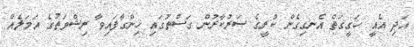
އަދި އެއީ ހަގީގަތް އެނގިގެން ކުރީގެ ސަރުކާރުން ގަސްތުގައި ހިންގާފައިވާ ރިޝްވަތުގެ އަމަލެއް